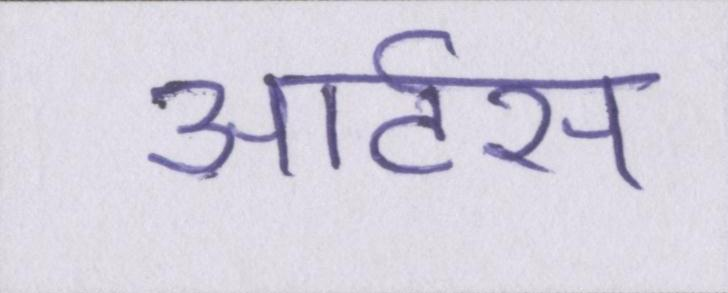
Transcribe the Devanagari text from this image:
आर्टस